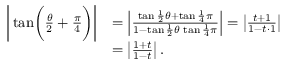
{ \begin{array} { r l } { \left| \, { \tan } { \biggl ( } { \frac { \theta } { 2 } } + { \frac { \pi } { 4 } } { \biggr ) } \right| } & { = \left| { \frac { \tan { \frac { 1 } { 2 } } \theta + \tan { \frac { 1 } { 4 } } \pi } { 1 - \tan { \frac { 1 } { 2 } } \theta \, \tan { \frac { 1 } { 4 } } \pi } } \right| = \left| { \frac { t + 1 } { 1 - t \cdot 1 } } \right| } \\ & { = \left| { \frac { 1 + t } { 1 - t } } \right| . } \end{array} }